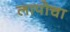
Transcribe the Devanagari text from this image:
लापोचा